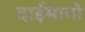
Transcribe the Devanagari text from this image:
दाईमानो